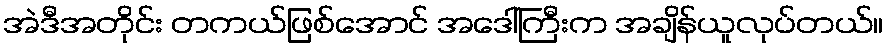
အဲဒီအတိုင်း တကယ်ဖြစ်အောင် အဒေါ်ကြီးက အချိန်ယူလုပ်တယ်။